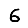
Digit: 6